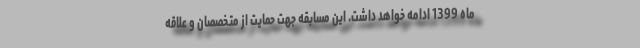
ماه 1399 ادامه خواهد داشت. این مسابقه جهت حمایت از متخصصان و علاقه